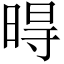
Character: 𣈜